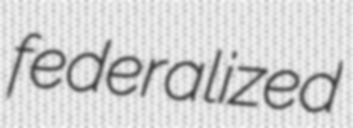
federalized